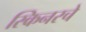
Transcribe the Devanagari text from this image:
स्किनरचे